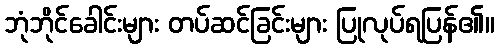
ဘုံဘိုင်ခေါင်းများ တပ်ဆင်ခြင်းများ ပြုလုပ်ရပြန်၏။